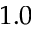
1 . 0